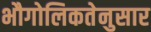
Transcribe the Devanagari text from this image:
भौगोलिकतेनुसार